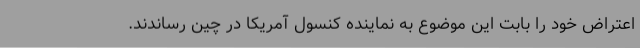
اعتراض خود را بابت این موضوع به نماینده کنسول آمریکا در چین رساندند.